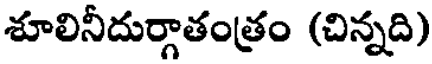
శూలినీదుర్గాతంత్రం (చిన్నది)